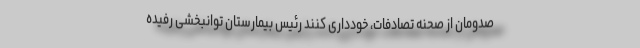
صدومان از صحنه تصادفات، خودداری کنند رئیس بیمارستان توانبخشی رفیده